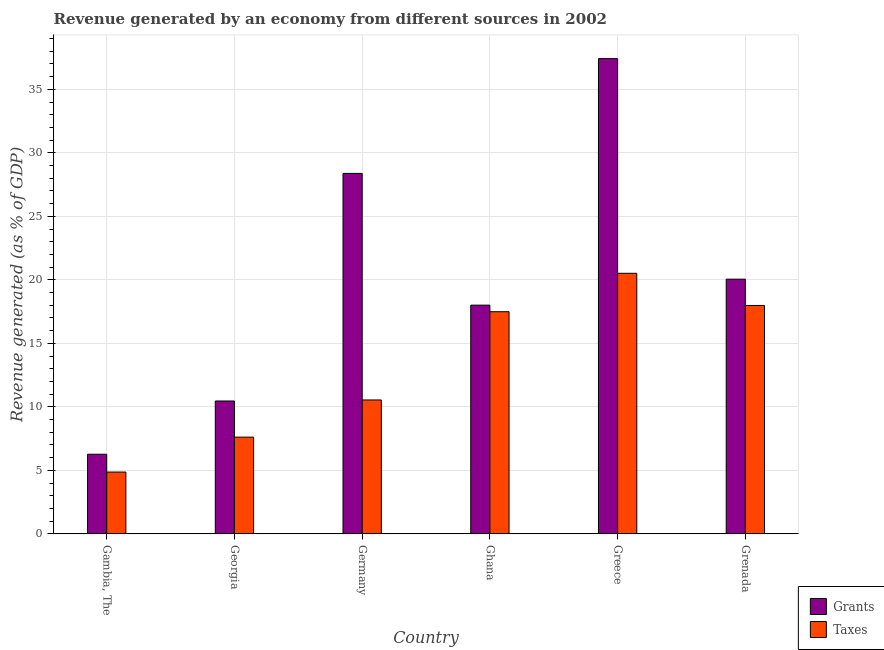
| Country | Grants | Taxes |
 | --- | --- | --- |
 | Gambia, The | 6.27 | 4.87 |
 | Georgia | 10.5 | 7.62 |
 | Germany | 28.4 | 10.5 |
 | Ghana | 18 | 17.5 |
 | Greece | 37.4 | 20.5 |
 | Grenada | 20.1 | 18 |